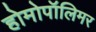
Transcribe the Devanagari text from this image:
होमोपॉलिमर